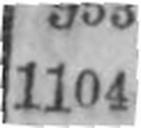
1104